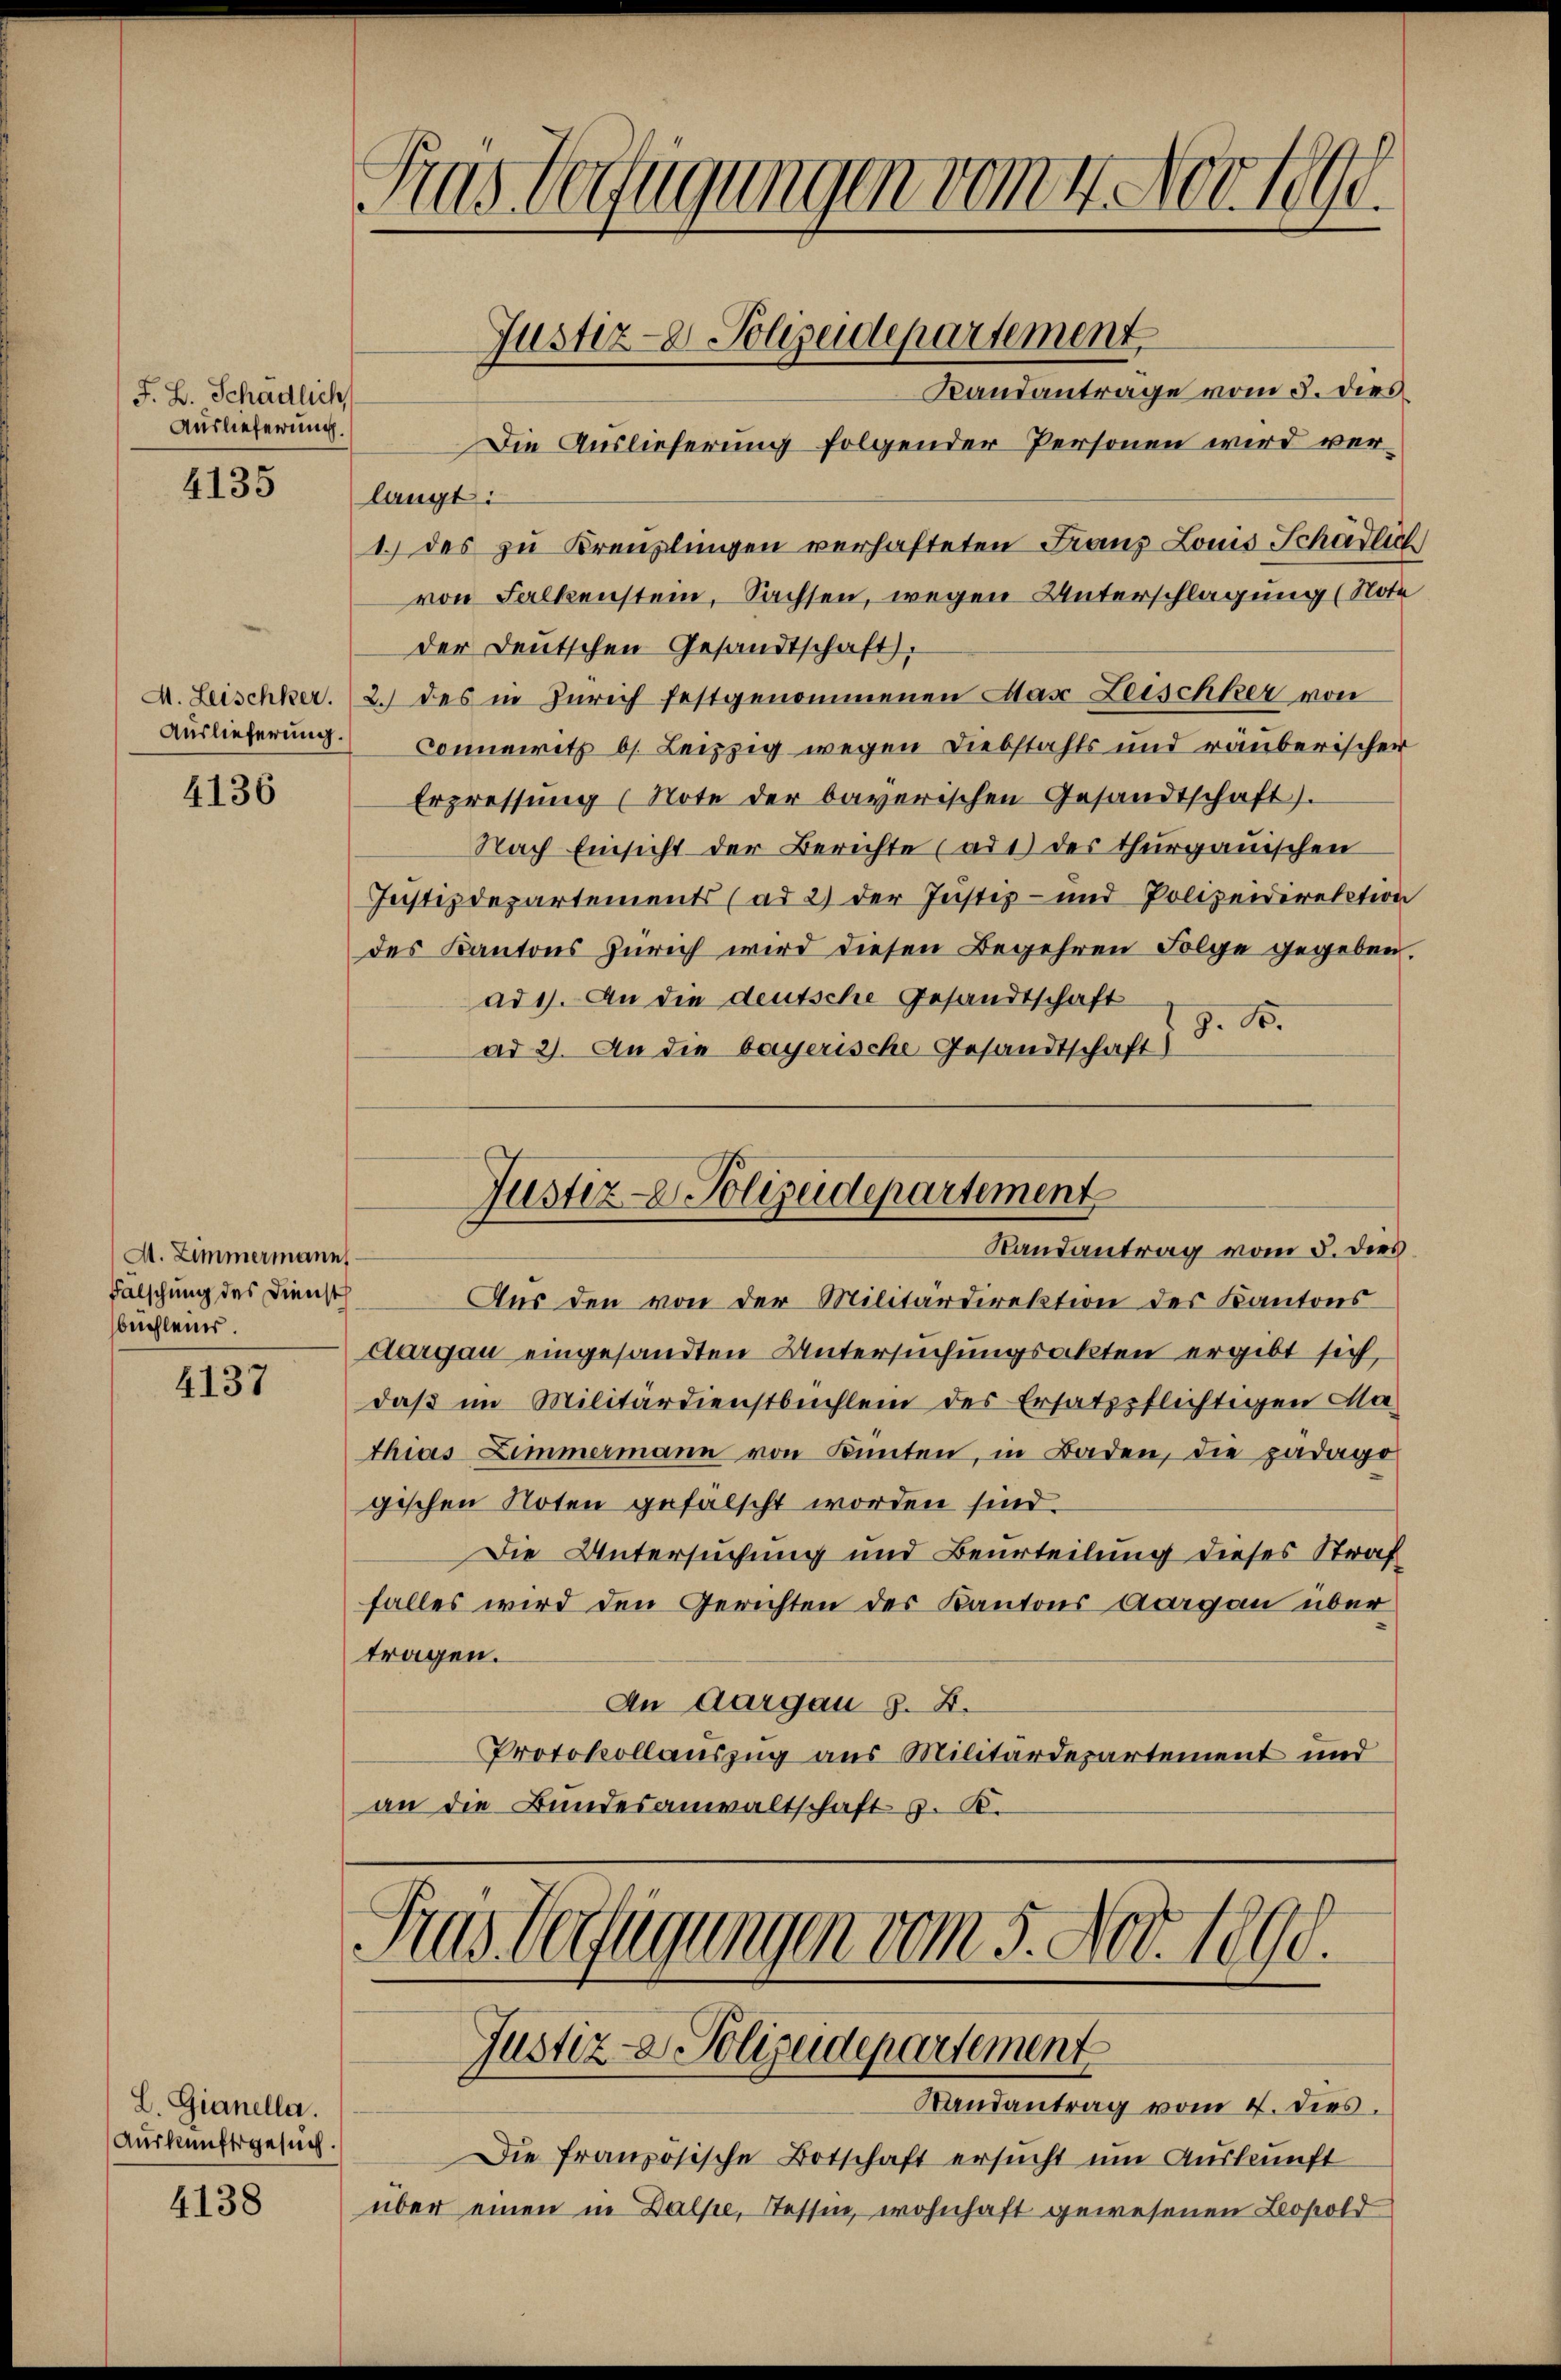
J. B. Schädlich
Auslieferung.

4135

Auslieferung.

4136

A. Zimmermanns
Falschung des Dienst
buchlein.

4137

L. Gianella.
Auskunftsgesuch.

4138

Kas begügungen vom 4. Nov. 1890.
Justiz-8 Polizeidepartement
Randantrage vom 5. dies
Die Auslieferung folgender Personen wird ver¬

langt:
1. des zu Kreuzlingen verhafteten Franz Louis Schädlich
von Falkenstein, Sachsen, wegen Unterschlagung (Note
der Deutschen Gesandtschaft,
A. Leischker. 2. des in Zürich festgenommenen Mas Leischker von
Connerritz bs. Leipzig wegen Diebstahls und räuberischer
Erpressŭng (Note der bayerischen Gesandtschaft).
Nach Einsicht der Berichte (ad1) der thurgauischen
Justizdepartements (ad 2) der Justiz- und Polizeidirektion
des Kantons Zürich wird diesen Begehren Folge gegeben.
ad 1. An die deutsche Gesandtschaft
ad 2. An die bayerische Gesandtschaft) S. B.

Aus den von der Militärdirektion des Kantons
Aargau eingesandten Untersuchungsakten ergibt sich,
daβ im Militärdienstbüchlein des Ersatzpflichtigen Ma-
thias Zimmermann von Künten, in Baden, die pädago
gischen Noten gefälscht worden sind.
Die Untersuchung und Beurteilung dieses Straf
falles wird den Gerichten des Kantons Aargau übertragen.
An Aargau §. 2.
Protokollauszug aus Militärdepartement und
an die Bundesanwaltschaft z. K.

Justiz- & Polizeidepartement
Randantrag vom 5. dies

Sras Verfügungen vom 5. Nov. 1890.
Justiz- & Polizeidepartement
Randantrag vom 4. dies

Die französische Botschaft ersucht um Auskunft
über einen in Dalpe, Tessin, wohnhaft gewesenen Leopold